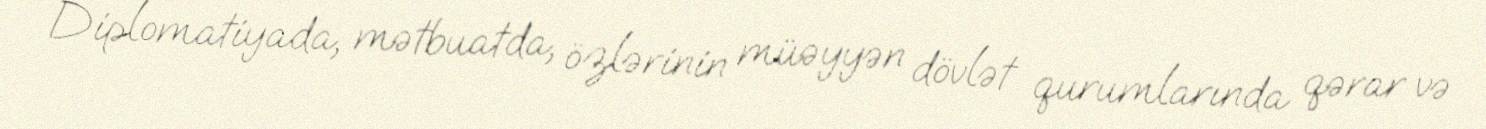
Diplomatiyada, mətbuatda, özlərinin müəyyən dövlət qurumlarında qərar və